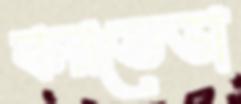
করতেডা